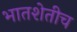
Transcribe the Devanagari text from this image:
भातशेतीच